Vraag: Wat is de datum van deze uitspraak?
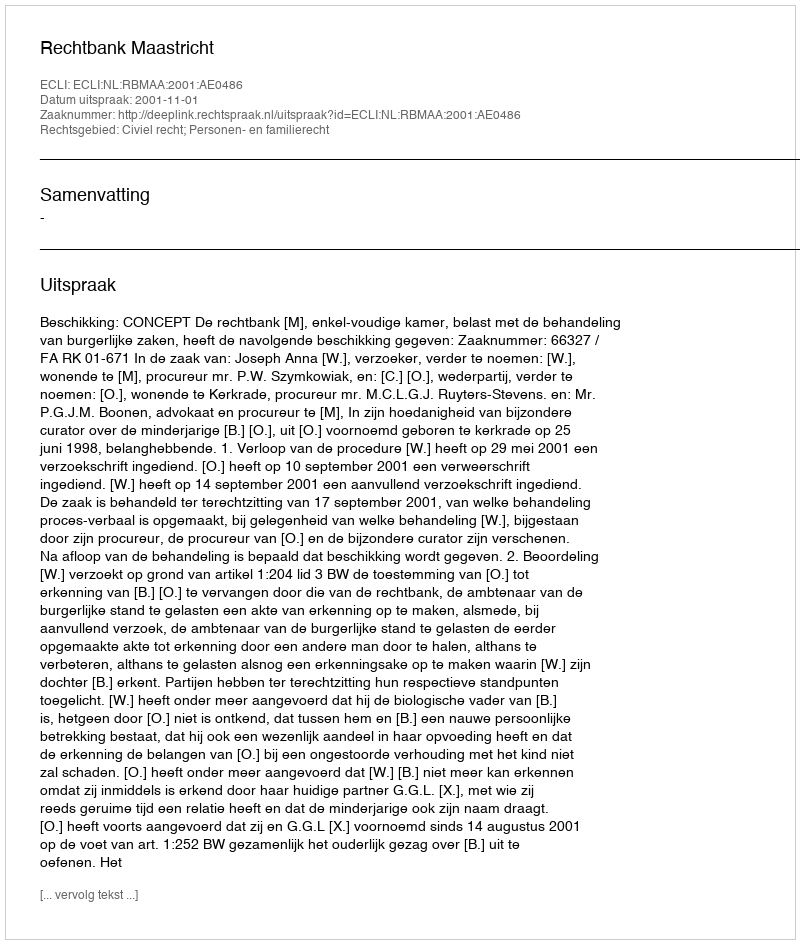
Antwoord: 2001-11-01